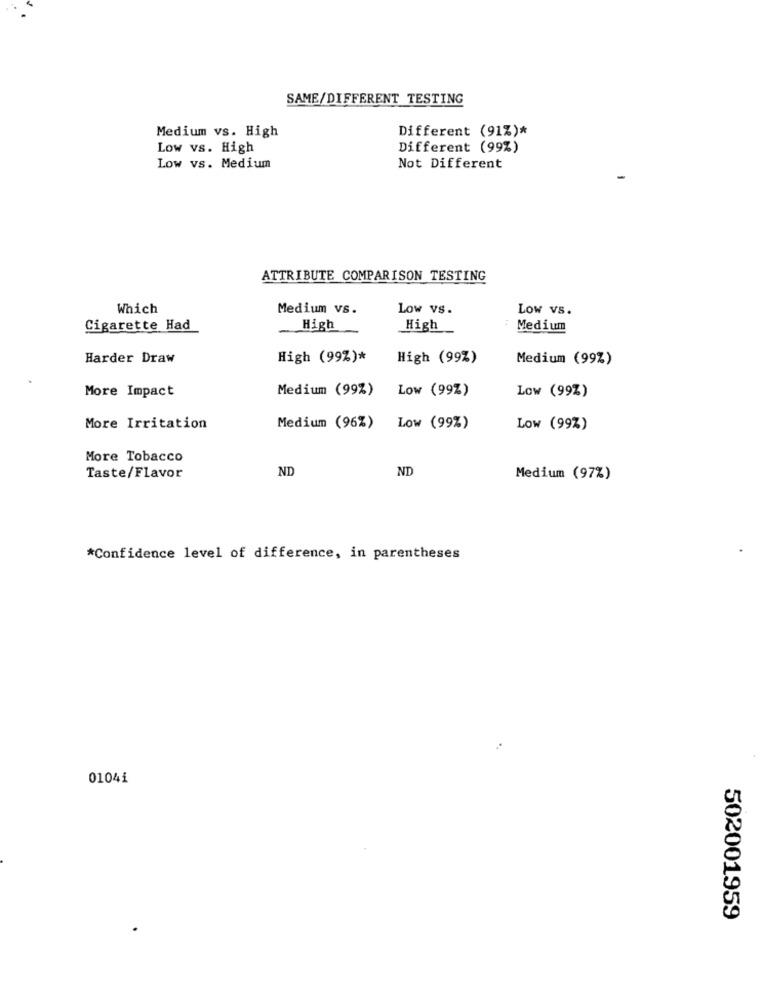
SAME/DIFFERENT TESTING
Medium vs. High
Different (91%)*
Low vs. High
Different (99%)
Low vs. Medium
Not Different
ATTRIBUTE COMPARISON TESTING
Which
Medium vs.
Low vs.
LOW VS.
Cigarette Had
High
High
Medium
Harder Draw
High (99%)*
High (99%)
Medium (99%)
More Impact
Medium (99%)
Low (99Z)
Low (99%)
More Irritation
Medium (96%)
Low (99%)
Low (99%)
More Tobacco
ND
ND
Taste/Flavor
Medium (97%)
*Confidence level of difference, in parentheses
01041
502001959